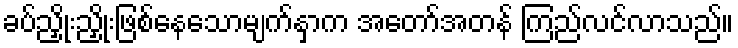
ခပ်ညှိုးညှိုးဖြစ်နေသောမျက်နှာက အတော်အတန် ကြည်လင်လာသည်။